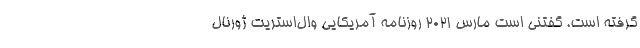
گرفته است. گفتنی است مارس ۲۰۲۱ روزنامه آمریکایی وال‌استریت ژورنال